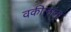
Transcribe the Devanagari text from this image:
वकीलांना